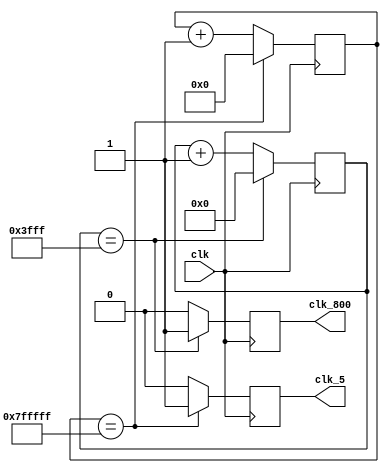
`timescale 1ns / 1ps
//////////////////////////////////////////////////////////////////////////////////: 
// Design Name: snake
// Module Name: clk_gen
// Description: 5hz800hz
// 
//////////////////////////////////////////////////////////////////////////////////


module clk_gen(
    input clk,
    //input s0,
    //input s1,
    output reg clk_5,
    output reg clk_800
    );
reg [13:0] cnt1=0;
reg [22:0] cnt2=0;

always@(posedge clk)begin
	if(cnt1==14'b11_1111_1111_1111)begin
		cnt1<=0;
		clk_800<=1;
		end
	else begin
		cnt1<=cnt1+1;
		clk_800<=0;
	end
end

always@(posedge clk)begin
	if(cnt2==23'b111_1111_1111_1111_1111_1111)begin
		cnt2<=0;
		clk_5<=1;
		end
	else begin
		cnt2<=cnt2+1;
		clk_5<=0;
	end
end
endmodule